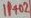
Text: IP+02